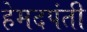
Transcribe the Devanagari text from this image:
हेमदपंती